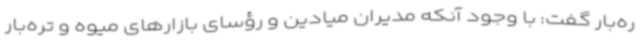
ره‌بار گفت: با وجود آنکه مدیران میادین و رؤسای بازارهای میوه و تره‌بار